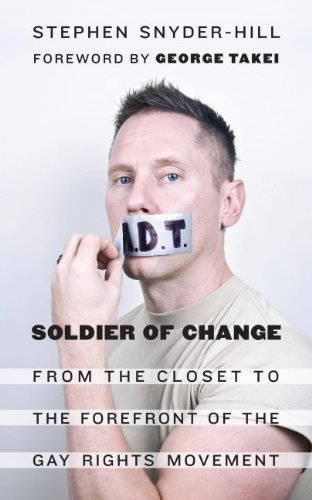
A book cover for Soldier of Change: From the Closet to the Forefront of the Gay Rights Movement; Stephen Snyder-Hill; Gay & Lesbian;